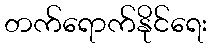
တက်ရောက်နိုင်ရေး